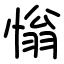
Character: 慃